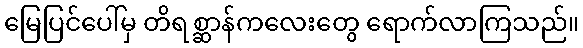
မြေပြင်ပေါ်မှ တိရစ္ဆာန်ကလေးတွေ ရောက်လာကြသည်။